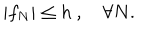
LaTeX: | f _ { N } | \leq h \ , \quad \forall N .